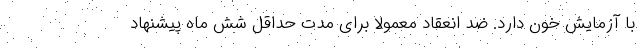
با آزمایش خون دارد. ضد انعقاد معمولا برای مدت حداقل شش ماه پیشنهاد